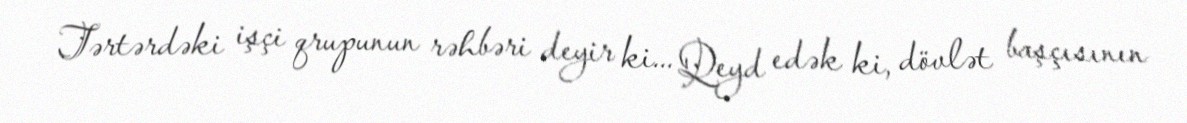
Tərtərdəki işçi qrupunun rəhbəri deyir ki... Qeyd edək ki, dövlət başçısının